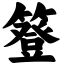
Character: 簦